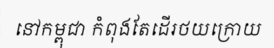
នៅកម្ពុជា កំពុងតែដើរថយក្រោយ